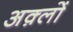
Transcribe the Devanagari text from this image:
अक़्लों